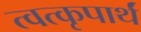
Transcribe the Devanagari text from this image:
त्वत्कृपार्थं